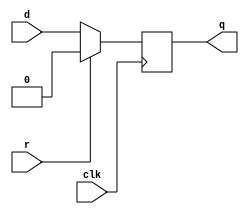
module top_module (
    input clk,
    input d, 
    input r,   // synchronous reset
    output q);
    
    always @(posedge clk)
        if (r)
            q <= 0;
    	else
            q <= d;

endmodule